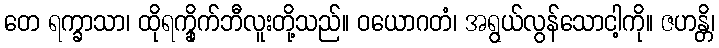
တေ ရက္ခာသာ၊ ထိုရက္ခိုက်ဘီလူးတို့သည်။ ဝယောဂတံ၊ အရွယ်လွန်သောငါ့ကို။ ဇဟန္တိ၊